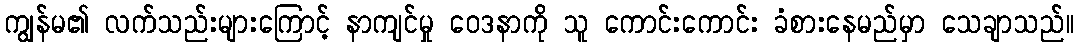
ကျွန်မ၏ လက်သည်းများကြောင့် နာကျင်မှု ဝေဒနာကို သူ ကောင်းကောင်း ခံစားနေမည်မှာ သေချာသည်။